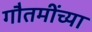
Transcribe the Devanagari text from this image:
गौतमींच्या